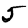
Digit: 5